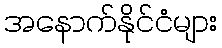
အနောက်နိုင်ငံများ